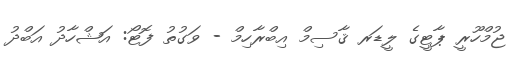
ޖުމްހޫރީ ޕާޓީގެ ލީޑަރ ޤާސިމް އިބްރާހިމް - ވަގުތު ފޮޓޯ: އަޝްހާދު އަބްދު